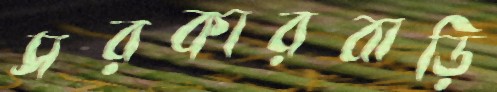
সরকারবাড়ি